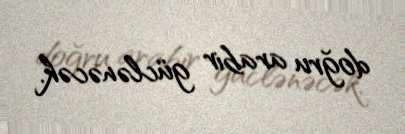
doğru arabir güclənəcək.